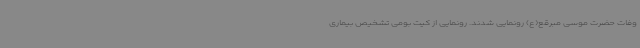
وفات حضرت موسی مبرقع(ع) رونمایی شدند. رونمایی از کیت بومی تشخیص بیماری